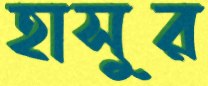
হাসুর